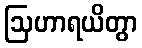
ဩဟာရယိတွာ